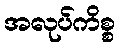
အလုပ်ကိစ္စ